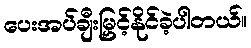
ပေးအပ်ချီးမြှင့်နိုင်ခဲ့ပါတယ်။